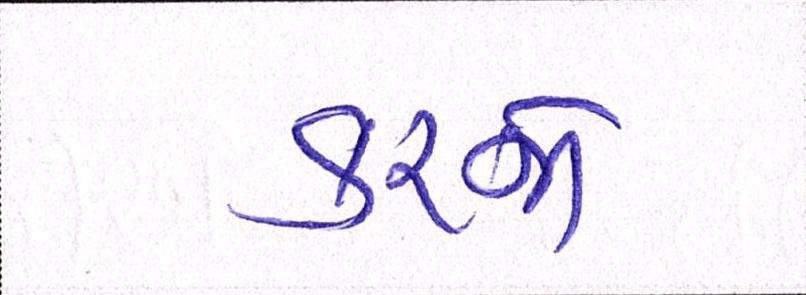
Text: કરજો